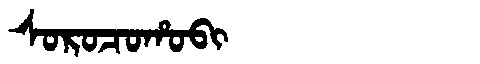
Manchu: ᠰᠣᡵᠣᠴᠣᡥᠣᠪᡳ
Romanization: SOROCOHOBI